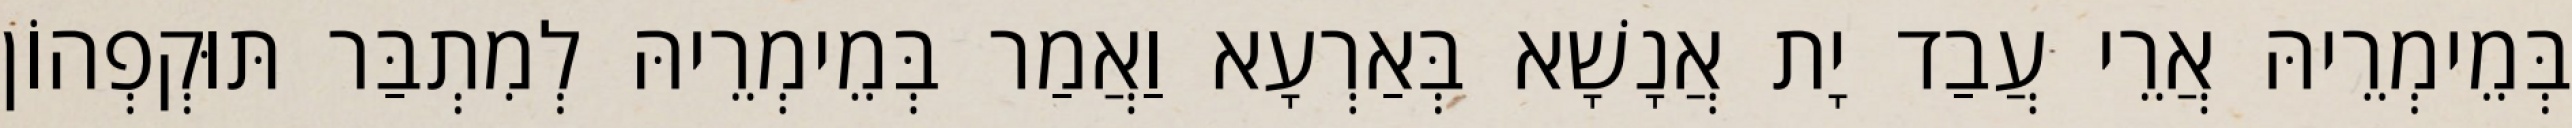
בְּמֵימְרֵיהּ אֲרֵי עֲבַד יָת אֲנָשָׁא בְּאַרְעָא וַאֲמַר בְּמֵימְרֵיהּ לְמִתְבַּר תּוּקְפְהוֹן